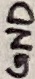
Text: GND